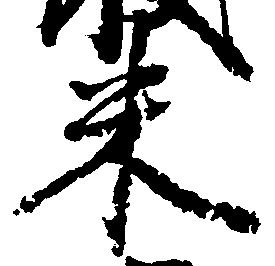
米